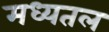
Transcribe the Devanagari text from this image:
मध्यतल